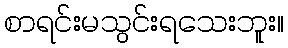
စာရင်းမသွင်းရသေးဘူး။